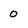
Character: 0